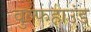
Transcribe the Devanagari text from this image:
वुल्फहाउंड